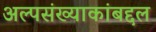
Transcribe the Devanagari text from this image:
अल्पसंख्याकांबद्दल